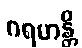
ဂရဟန္တိ